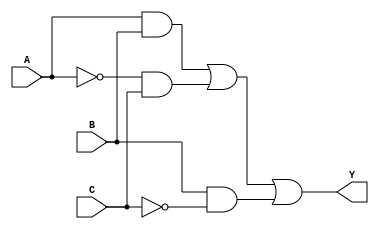
module combinational_logic (
    input wire A,  // Input variable A
    input wire B,  // Input variable B
    input wire C,  // Input variable C
    output wire Y  // Output variable Y
);

// Internal signals for intermediate logic
wire notA;
wire notB;
wire notC;
wire term1, term2, term3;

// Inverting inputs
not U1(notA, A);
not U2(notB, B);
not U3(notC, C);

// Define the minimized Boolean expression
// Assuming the minimized expression is Y = AB + A'C + BC'
assign term1 = A & B;               // A AND B
assign term2 = notA & C;            // A' AND C
assign term3 = B & notC;            // B AND C'

assign Y = term1 | term2 | term3;   // Y = AB + A'C + BC'

// End of module
endmodule